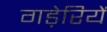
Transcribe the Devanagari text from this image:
गड़ेरियें